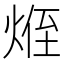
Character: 𪸽